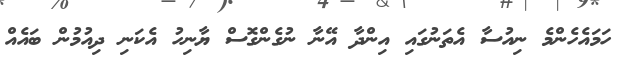
ހަމައެހެންމެ ނިއުސާ އެތަނުގައި އިންދާ އޭނާ ނުގެންގޮސް ޔާނިހު އެކަނި ދިއުމުން ބައެއް